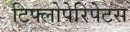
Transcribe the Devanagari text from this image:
टिफ्लोपेरिपेटस